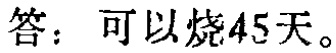
答：可以烧45天。